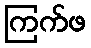
ကြက်ဖ